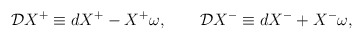
\begin{align*}{\cal D} X^{+} \equiv dX^{+} - X^{+} \omega , \qquad {\cal D} X^{-} \equiv dX^{-} + X^{-} \omega ,\end{align*}